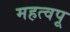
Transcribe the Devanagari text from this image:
महत्वपू